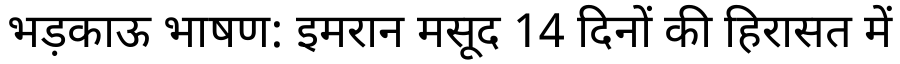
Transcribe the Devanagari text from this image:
भड़काऊ भाषण: इमरान मसूद 14 दिनों की हिरासत में